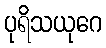
ပုရိသယုဂေ